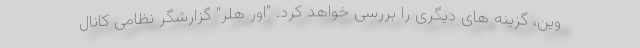
وین، گزینه های دیگری را بررسی خواهد کرد. "اور هلر" گزارشگر نظامی کانال